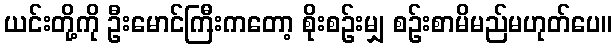
ယင်းတို့ကို ဦးမောင်ကြီးကတော့ စိုးစဉ်းမျှ စဉ်းစာမိမည်မဟုတ်ပေ။